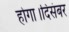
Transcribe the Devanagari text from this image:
होगा।दिसंबर